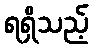
ရရှိသည့်